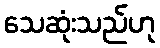
သေဆုံးသည်ဟု